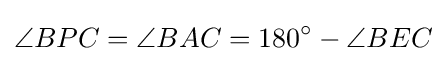
\angle BPC=\angle BAC=180^{\circ }-\angle BEC